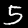
Label: 5